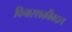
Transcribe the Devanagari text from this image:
विचारशक्तीबद्दल